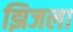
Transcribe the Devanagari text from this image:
झिजला